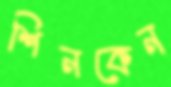
শিনকেন